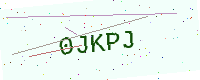
Text: 0JKPJ